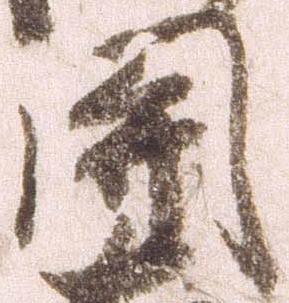
関